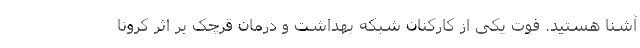
آشنا هستید. فوت یکی از کارکنان شبکه بهداشت و درمان قرچک بر اثر کرونا